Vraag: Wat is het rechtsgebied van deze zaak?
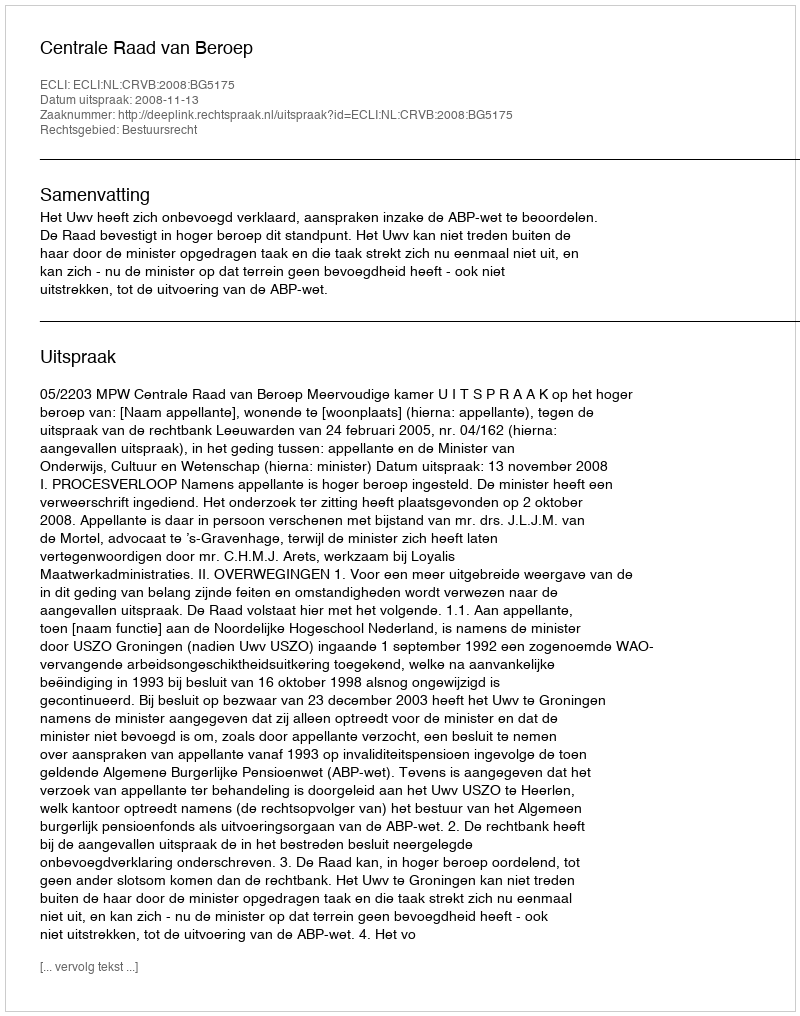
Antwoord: Bestuursrecht